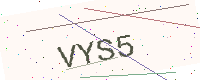
Text: VYS5